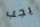
يجب